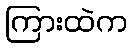
ကြားထဲက